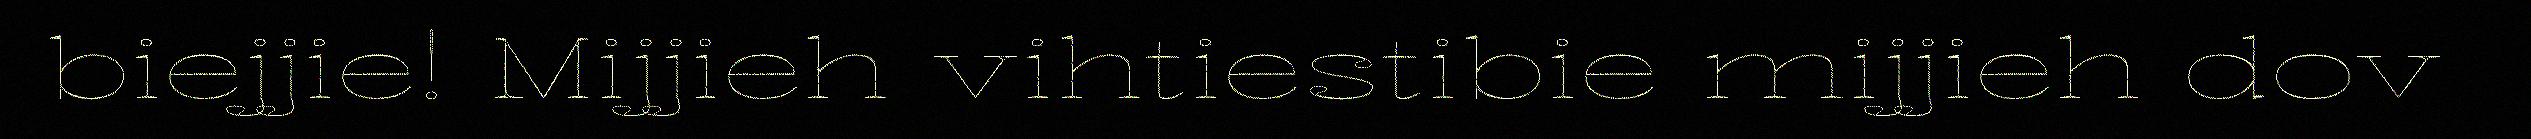
biejjie! Mijjieh vihtiestibie mijjieh dov